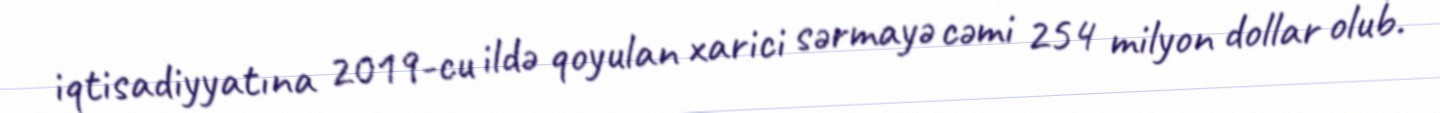
iqtisadiyyatına 2019-cu ildə qoyulan xarici sərmayə cəmi 254 milyon dollar olub.